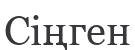
Сіңген